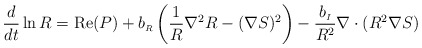
\begin{align*}{{d}\over{dt}} \ln R= {\rm Re}(P) +b_{\scriptscriptstyle R}\left(\frac{1}{R}\nabla^2 R - (\nabla S)^2\right)-{{b_{\scriptscriptstyle I}}\over{R^2}}\nabla\cdot (R^2 \nabla S)~~~\end{align*}